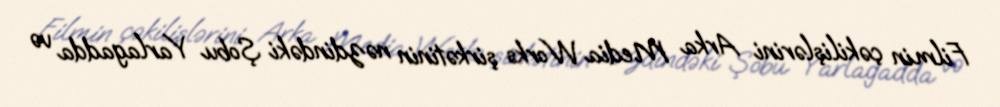
Filmin çəkilişlərini Arka Media Works şirkətinin nəzdindəki Şobu Yarlagadda və